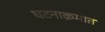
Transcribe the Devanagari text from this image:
घटनाक्रमात